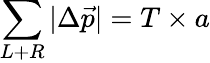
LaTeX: \sum_{L+R}|\Delta\vec{p}|=T\times a